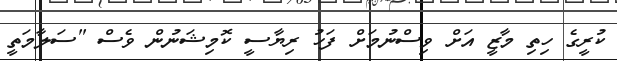
ކުރީގެ ހިތި މާޒީ އަށް ވިސްނުމަށް ފަހު ރިޔާސީ ކޮމިޝަނުން ވެސް "ސަލާމަތީ